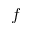
f